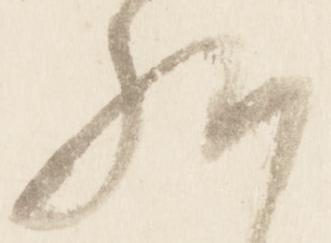
給